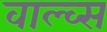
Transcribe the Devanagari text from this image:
वाल्व्स